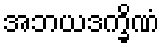
အဘယဒက္ခိဏံ